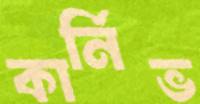
কার্নিভ